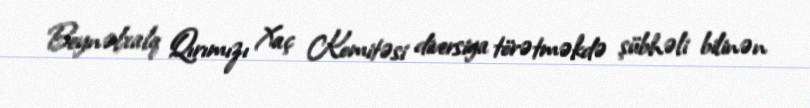
Beynəlxalq Qırımızı Xaç Komitəsi diversiya törətməkdə şübhəli bilinən